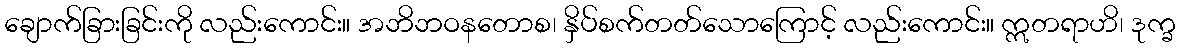
ချောက်ခြားခြင်းကို လည်းကောင်း။ အဘိဘဝနတောစ၊ နှိပ်စက်တတ်သောကြောင့် လည်းကောင်း။ ဣတရာဟိ၊ ဒုက္ခ